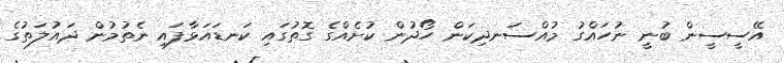
އޭސީސީން ބުނީ ނުހައްގު މުއްސަނދިކަން ހޯދުން ކުށެއްގެ ގޮތުގައި ކަނޑައަޅާފައި ނެތުމުން ދައުލަތުގެ